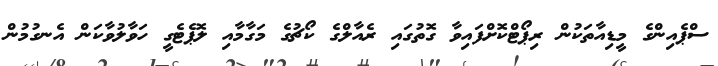
ސްޕެއިންގެ މީޑިއާތަކުން ރިޕޯޓްކޮށްފައިވާ ގޮތުގައި ރެއާލްގެ ކޯޗުގެ މަގާމާއި ލޮޕެޓެގީ ހަވާލުވާކަން އެނގުމުން